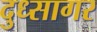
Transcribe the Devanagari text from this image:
दुध्सागर